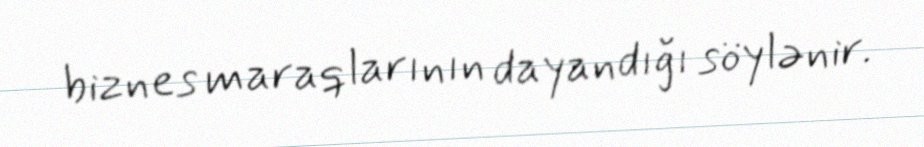
biznes maraqlarının dayandığı söylənir.